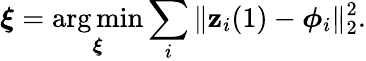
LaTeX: \boldsymbol{\xi}=\mathop{\arg\operatorname*{min}}_{\boldsymbol{\xi}}\sum_{i}\Vert\mathbf{z}_{i}(1)-\boldsymbol{\phi}_{i}\Vert_{2}^{2}.